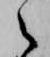
之